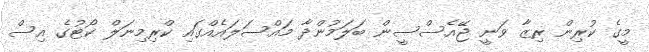
މީގެ ކުރިން ރިޒާ ވަނީ ޖޭއެސްސީން ބަލަމުންދާ މައްސަލައެއްގައި ކްރިމިނަލް ކޯޓުގެ އިސް